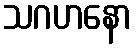
သဂဟနော